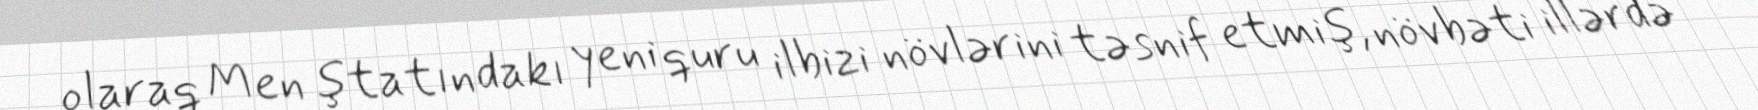
olaraq Men ştatındakı yeni quru ilbizi növlərini təsnif etmiş, növbəti illərdə